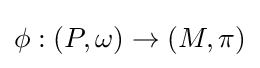
\phi :(P,\omega )\to (M,\pi )